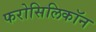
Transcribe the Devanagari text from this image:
फरोसिलिकॉन